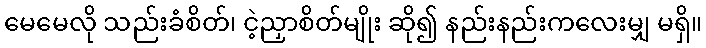
မေမေလို သည်းခံစိတ်၊ ငဲ့ညှာစိတ်မျိုး ဆို၍ နည်းနည်းကလေးမျှ မရှိ။